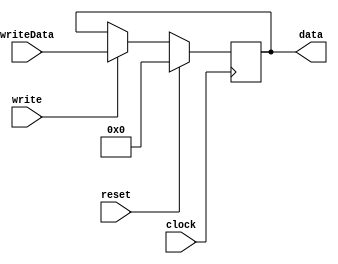
module InputRegister (
   input         clock, write, reset,
   input [15:0]  writeData,
   output [15:0] data);
   reg [15:0]    out = 16'b0;
   always @ (posedge clock) begin 
      if (reset)
         out = 16'b0;
      else if (write)
         out = writeData;
   end
   assign data = out;
endmodule